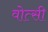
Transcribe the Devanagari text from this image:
वोत्सी